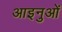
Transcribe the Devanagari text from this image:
आइनुओं